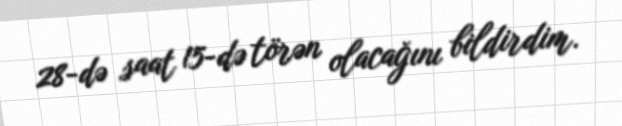
28-də saat 15-də törən olacağını bildirdim.